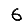
Digit: 6